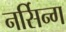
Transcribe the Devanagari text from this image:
नर्सिन्ग